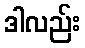
ဒါလည်း